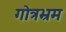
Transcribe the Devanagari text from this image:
गोत्रभ्रम